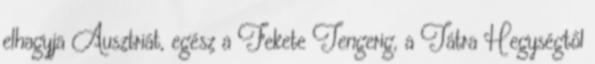
elhagyja Ausztriát, egész a Fekete Tengerig, a Tátra Hegységtől